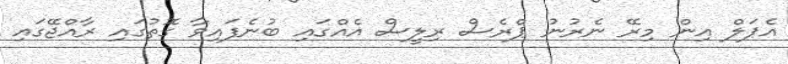
އެޕަލް އިން މިރޭ ނެރުނު ޕްރެސް ރިލީސް އެއްގައި ބުނެފައިވާ ގޮތުގައި ރާއްޖޭގައި